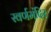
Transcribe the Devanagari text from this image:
स्वर्णमंदिर